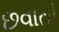
છવાતી